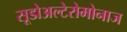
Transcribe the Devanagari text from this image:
सूडोअल्टेरोमोनाज